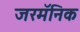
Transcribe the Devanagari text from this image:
जरमॅनिक